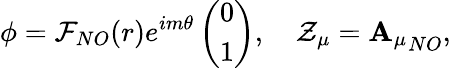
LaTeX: \phi=\mathcal{F}_{NO}(r)e^{im\theta}\left(\begin{array}{c}{{0}}\\ {{1}}\end{array}\right),\quad\mathcal{Z}_{\mu}={\mathbf{A}_{\mu}}_{NO},